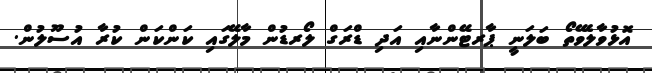
އޮޅުވާލެވޭތޯ ބަލަނީ ޕާރޓޭންނާއި އަދި ޑްރަގް ލޯރޑުން މާލޭގައި ކަންކަން ކުރާ އުސޫލުން.